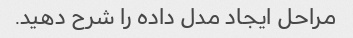
مراحل ایجاد مدل داده را شرح دهید.